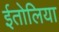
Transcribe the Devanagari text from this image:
ईतोलिया